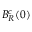
B _ { R } ^ { c } ( 0 )